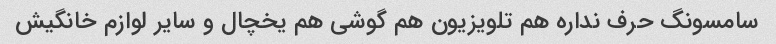
سامسونگ حرف نداره هم تلویزیون هم گوشی هم یخچال و سایر لوازم خانگیش